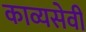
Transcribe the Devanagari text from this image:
काव्यसेवी